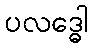
ပလဒ္ဓေါ